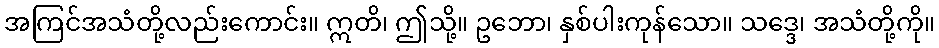
အကြင်အသံတို့လည်းကောင်း။ ဣတိ၊ ဤသို့။ ဥဘော၊ နှစ်ပါးကုန်သော။ သဒ္ဒေ၊ အသံတို့ကို။